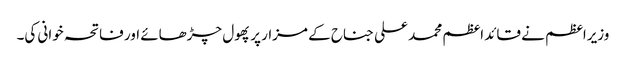
وزیراعظم نے قائد اعظم محمد علی جناح کے مزار پر پھول چڑھائے اور فاتحہ خوانی کی۔